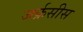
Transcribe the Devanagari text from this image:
जर्क्रसीस